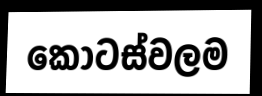
කොටස්වලම